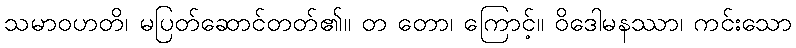
သမာဝဟတိ၊ မပြတ်ဆောင်တတ်၏။ တ တော၊ ကြောင့်။ ဝိဒေါမနဿာ၊ ကင်းသော